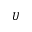
U